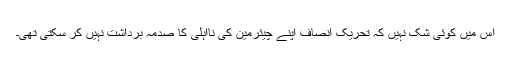
اس میں کوئی شک نہیں کہ تحریک انصاف اپنے چیئرمین کی نااہلی کا صدمہ برداشت نہیں کر سکتی تھی۔